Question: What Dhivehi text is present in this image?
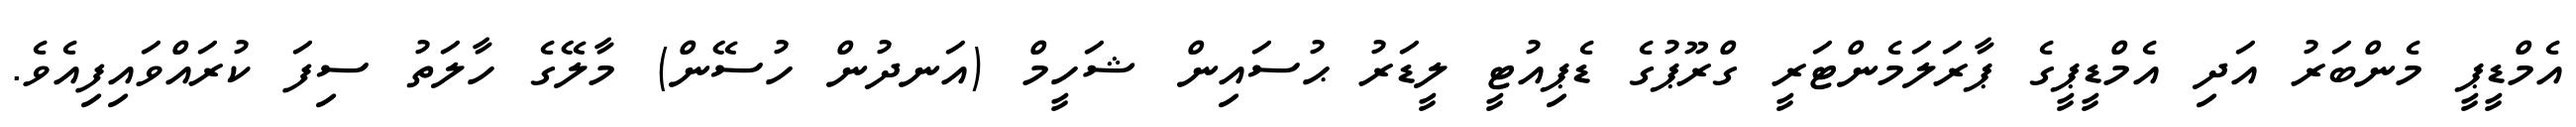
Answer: އެމްޑީޕީ މެންބަރު އަދި އެމްޑީޕީގެ ޕާރަލަމެންޓަރީ ގްރޫޕުގެ ޑެޕިއުޓީ ލީޑަރު ޙުސައިން ޝަހީމް (އަނދުން ހުސޭން) މާލޭގެ ހާލަތު ސިފަ ކުރައްވައިފިއެވެ.